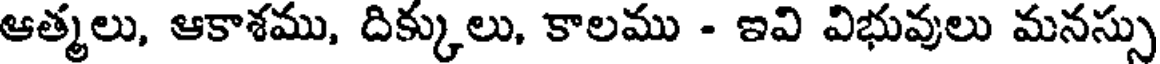
ఆత్మలు, ఆకాశము, దిక్కులు, కాలము - ఇవి విభువులు మనస్సు